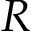
R